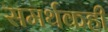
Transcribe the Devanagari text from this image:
समर्थकही